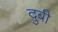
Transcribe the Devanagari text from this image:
दुबी